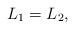
LaTeX: \begin{align*}L_1=L_2,\end{align*}